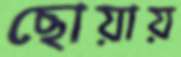
ছোয়ায়